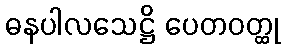
ဓနပါလသေဋ္ဌိ ပေတဝတ္ထု